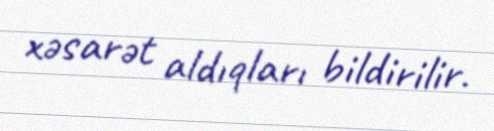
xəsarət aldıqları bildirilir.